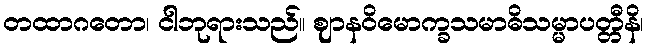
တထာဂတော၊ ငါဘုရားသည်။ ဈာနဝိမောက္ခသမာဓိသမ္မာပတ္တီနိ၊